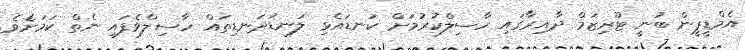
އެމްޑީޕީން ބުނީ ޓޫރިޒަމް ދާއިރާގައި ހާސިލްކުރުމަށް ކަނޑައެޅި ލަނޑުދަނޑިތައް ހާސިލްވެފައި ނެތް ކަމަށެވެ.